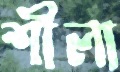
শীলা